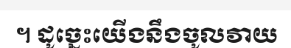
។ ដូច្នេះយើងនឹងចូលវាយ